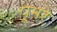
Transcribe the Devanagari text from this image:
पूमरे